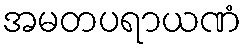
အမတပရာယဏံ